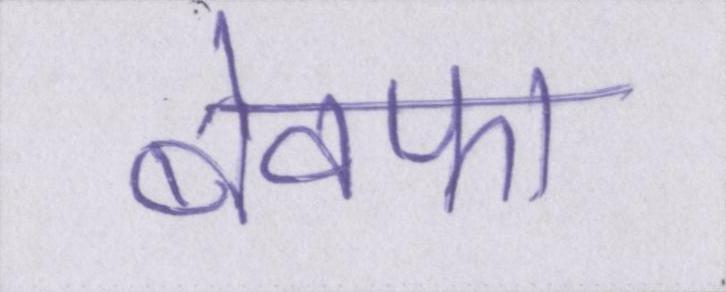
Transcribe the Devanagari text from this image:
बेवफा